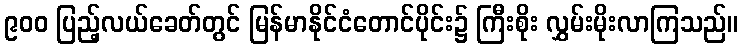
၉၀၀ ပြည့်လယ်ခေတ်တွင် မြန်မာနိုင်ငံတောင်ပိုင်း၌ ကြီးစိုး လွှမ်းမိုးလာကြသည်။